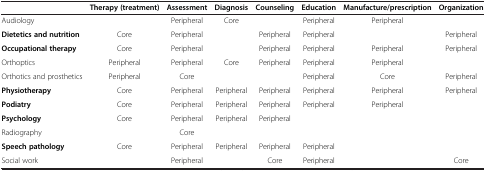
<table><thead><tr><td><b> </b></td><td><b>Therapy (treatment)</b></td><td><b>Assessment</b></td><td><b>Diagnosis</b></td><td><b>Counseling</b></td><td><b>Education</b></td><td><b>Manufacture/prescription</b></td><td><b>Organization</b></td></tr></thead><tbody><tr><td>Audiology</td><td> </td><td>Peripheral</td><td>Core</td><td> </td><td>Peripheral</td><td>Peripheral</td><td> </td></tr><tr><td><b>Dietetics and nutrition</b></td><td>Core</td><td>Peripheral</td><td> </td><td>Peripheral</td><td>Peripheral</td><td> </td><td>Peripheral</td></tr><tr><td><b>Occupational therapy</b></td><td>Core</td><td>Peripheral</td><td> </td><td>Peripheral</td><td>Peripheral</td><td>Peripheral</td><td>Peripheral</td></tr><tr><td>Orthoptics</td><td>Peripheral</td><td>Peripheral</td><td>Core</td><td>Peripheral</td><td>Peripheral</td><td>Peripheral</td><td> </td></tr><tr><td>Orthotics and prosthetics</td><td>Peripheral</td><td>Core</td><td> </td><td> </td><td>Peripheral</td><td>Core</td><td>Peripheral</td></tr><tr><td><b>Physiotherapy</b></td><td>Core</td><td>Peripheral</td><td>Peripheral</td><td>Peripheral</td><td>Peripheral</td><td>Peripheral</td><td>Peripheral</td></tr><tr><td><b>Podiatry</b></td><td>Core</td><td>Peripheral</td><td>Peripheral</td><td>Peripheral</td><td>Peripheral</td><td>Peripheral</td><td> </td></tr><tr><td><b>Psychology</b></td><td>Core</td><td>Peripheral</td><td>Peripheral</td><td>Peripheral</td><td> </td><td> </td><td> </td></tr><tr><td>Radiography</td><td> </td><td>Core</td><td> </td><td> </td><td> </td><td> </td><td> </td></tr><tr><td><b>Speech pathology</b></td><td>Core</td><td>Peripheral</td><td>Peripheral</td><td>Peripheral</td><td>Peripheral</td><td> </td><td> </td></tr><tr><td>Social work</td><td> </td><td>Peripheral</td><td> </td><td>Core</td><td>Peripheral</td><td> </td><td>Core</td></tr></tbody></table>